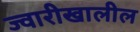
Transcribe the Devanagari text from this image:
ज्वारीखालील